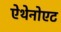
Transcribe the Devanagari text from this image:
ऐथेनोएट